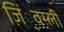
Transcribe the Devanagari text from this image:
ज़िं्वग्ली